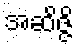
အဆိဇ္ဇိ